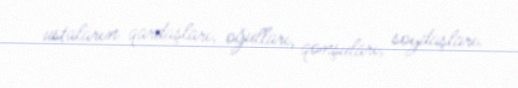
ustaların qardaşları, oğulları, qonşuları, soydaşları.